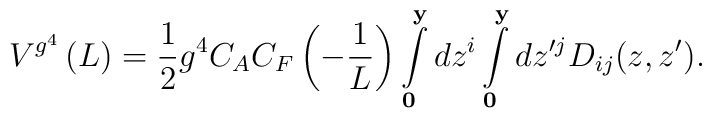
V^{g^4 } \left( L \right) =   \frac{1}{2}g^4 C_A C_F \left( { -\frac{1}{L}} \right) \int\limits_{\bf 0}^{\bf y} {dz^i }\int\limits_{\bf 0}^{\bf y} {dz^{\prime j} } D_{ij}(z,z ^\prime) .